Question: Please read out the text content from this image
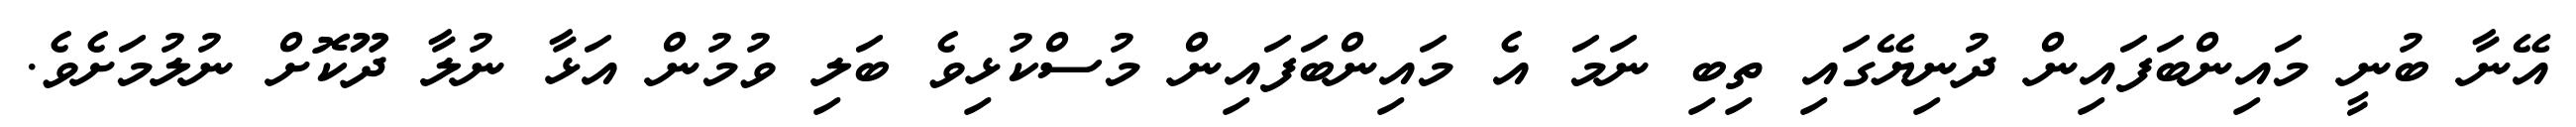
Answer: އޭނާ ބުނީ މައިންބަފައިން ދުނިޔޭގައި ތިބި ނަމަ އެ މައިންބަފައިން މުސްކުޅިވެ ބަލި ވުމުން އަޅާ ނުލާ ދޫކޮށް ނުލުމަށެވެ.